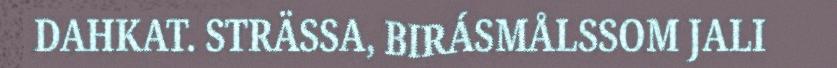
DAHKAT. STRÄSSA, BIRÁSMÅLSSOM JALI